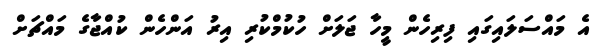
އެ މައްސަލައިގައި ފިރިހެން މީހާ ޖަލަށް ހުކުމްކުރި އިރު އަންހެން ކުއްޖާގެ މައްޗަށް